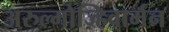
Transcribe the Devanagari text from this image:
अरुल्मोज्हिवार्मन